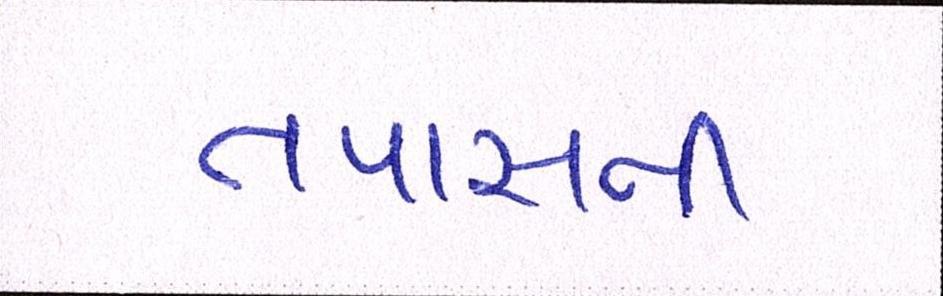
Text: તપાસની